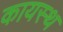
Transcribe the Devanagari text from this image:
कायस्‍थ